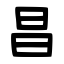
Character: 昌